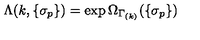
\Lambda ( k , \{ \sigma _ { p } \} ) = \exp \Omega _ { \Gamma _ { ( k ) } } ( \{ \sigma _ { p } \} )